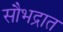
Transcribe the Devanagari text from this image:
सौभद्रात